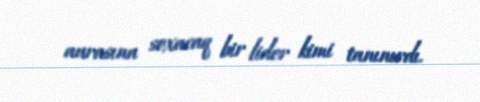
aurasına soxacaq bir lider kimi tanınırdı.